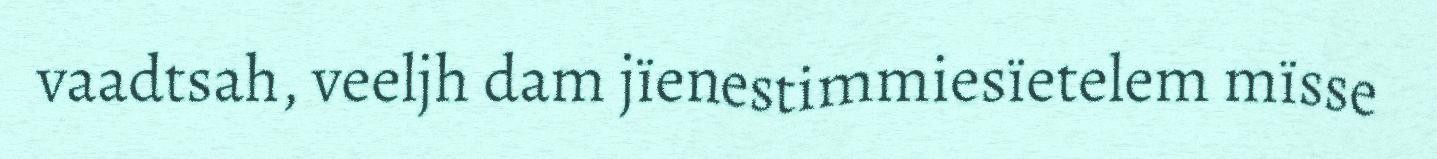
vaadtsah, veeljh dam jïenestimmiesïetelem mïsse